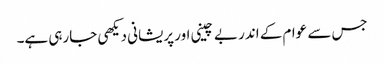
جس سے عوام کے اندر بے چینی اور پریشانی دیکھی جارہی ہے۔